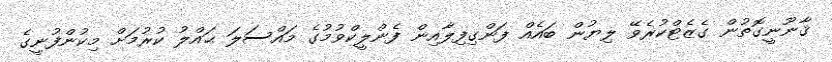
ޤާނޫނީގޮތުން ގެޒެޓްކުރެވޭ ލިޔުން ބައެއް ފަންގިފިލާއިން ފެންލީކްވުމުގެ މައްސަލަ ޙައްލު ކުރުމަށް މިކުންފުނީގެ